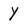
Character: Y